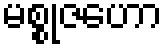
မစ္စုဇဟော